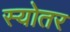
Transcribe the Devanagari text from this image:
स्योतर